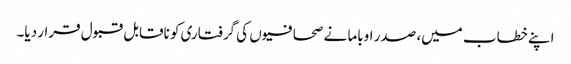
اپنے خطاب میں، صدر اوباما نے صحافیوں کی گرفتاری کو ناقابل قبول قرار دیا۔